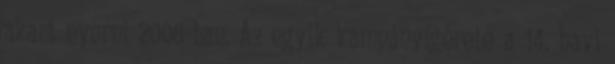
akart nyerni 2006-ban. Az egyik kampányígérete a 14. havi